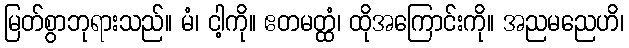
မြတ်စွာဘုရားသည်။ မံ၊ ငါ့ကို။ ဧတမတ္ထံ၊ ထိုအကြောင်းကို။ အညမညေဟိ၊